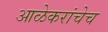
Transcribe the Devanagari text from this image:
आळेकरांचेच